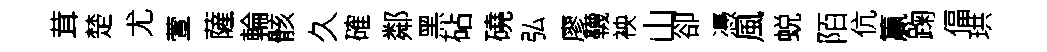
茸楚尤萱薩輪骸久確鄰黑砧磽弘廖韈䘧山卻慿風蜕陌伉籯踘偪珙